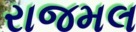
રાજમલ